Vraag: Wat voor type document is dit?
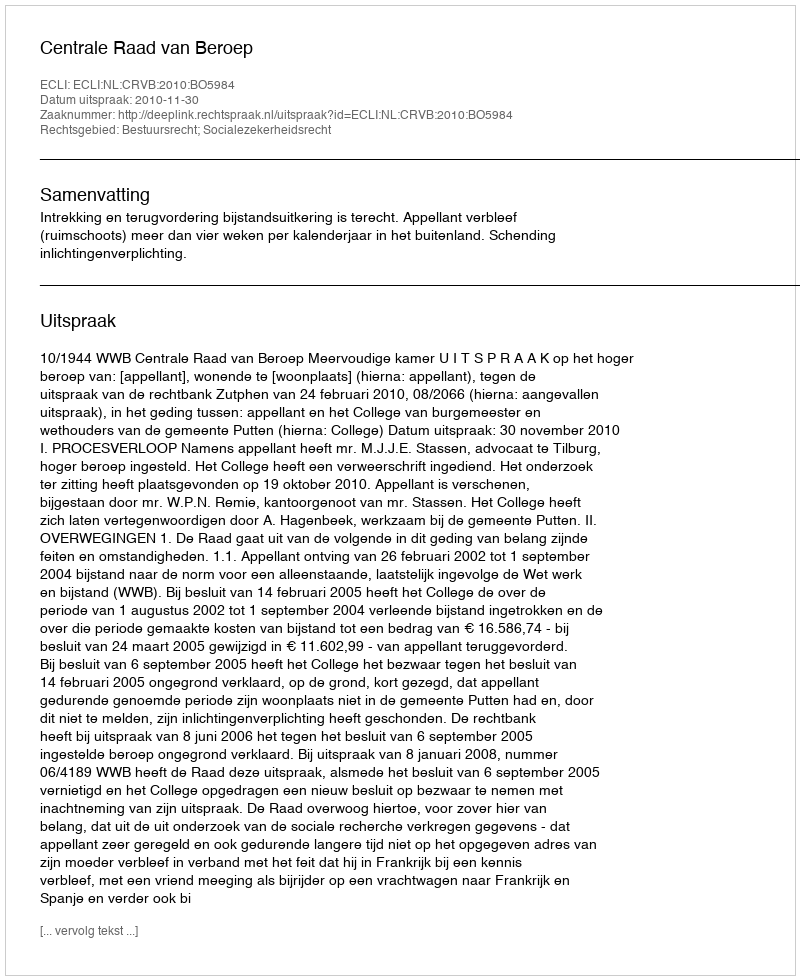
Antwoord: Uitspraak